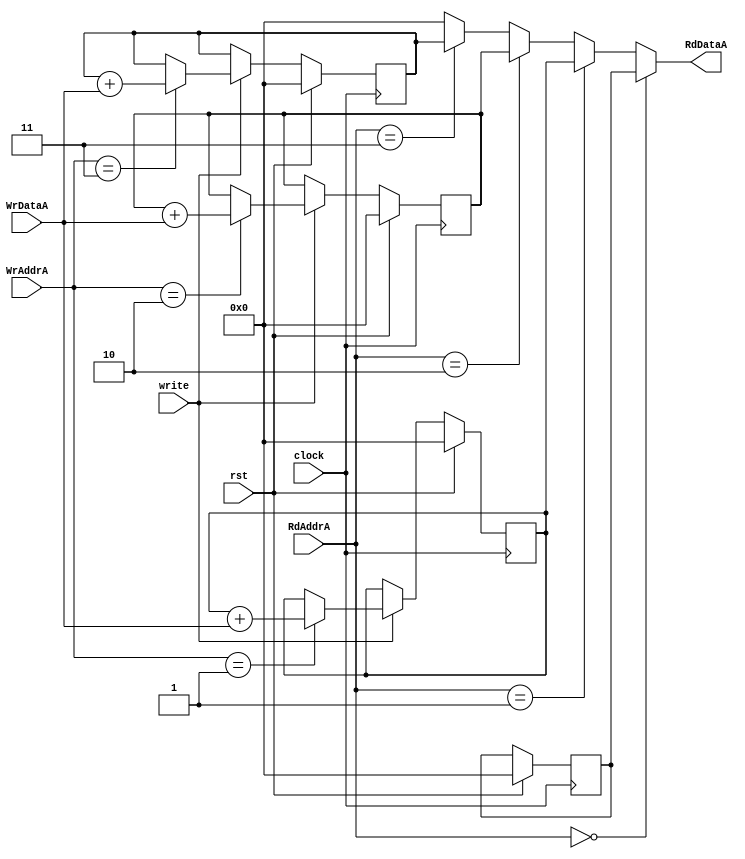
module Register (
	input clock, rst, write,
	input [1:0] WrAddrA, RdAddrA,
	input [3:0] WrDataA,
	output [3:0] RdDataA
	);
	reg [3:0] reg0, reg1, reg2, reg3;	//0(left) -> 3(right) Brick in row
	
	// Set first memory block to always be zero
	initial
	begin
		reg0 <= 0;
	end
	
	// Use conditional logic to assign the value stored at the RdAddress
	// of the two read Buses		00-row0, 01-row1,...
	assign RdDataA = RdAddrA == 2'b00 ? reg0 :
						  RdAddrA == 2'b01 ? reg1 :
						  RdAddrA == 2'b10 ? reg2 :
						  RdAddrA == 2'b11 ? reg3 : 0;

	// On clock cycles if the write bit is high, then change the register
	// at specified address to the new data value
	always @ (posedge clock)
	begin
		if(rst==1'b1)
		begin
			reg0<=4'b0000;
			reg1<=4'b0000;
			reg2<=4'b0000;
			reg3<=4'b0000;
		end
		else
		begin
		if (write)
		begin
			case (WrAddrA)
//				2'b00 : begin
//					reg0 <= WrDataA;
//				end
				2'b01 : begin
					//reg1<=WrDataA;
					reg1<=reg1+WrDataA;
				end
				2'b10 : begin
					reg2<=reg2+WrDataA;
				end
				2'b11 : begin
					reg3<=reg3+WrDataA;
				end
			endcase
		end
		end
	end
	
endmodule